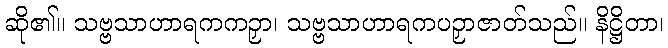
ဆို၏။ သဗ္ဗသာဟာရကကဉှာ၊ သဗ္ဗသာဟာရကပဉှာဇာတ်သည်။ နိဋ္ဌိတာ၊